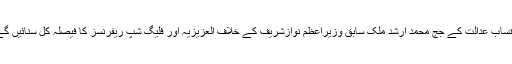
احتساب عدالت کے جج محمد ارشد ملک سابق وزیراعظم نوازشریف کے خلاف العزیزیہ اور فلیگ شپ ریفرنسز کا فیصلہ کل سنائیں گے۔